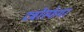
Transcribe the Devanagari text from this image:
टर्बोस्फेयर